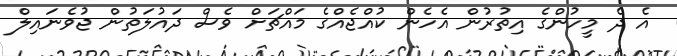
އެ ދެ މީހުންގެ އިތުރުން އެހެން ކުއްޖެއްގެ މައްޗަށް ވެސް ދައުލަތުން ޖުވެނައިލް